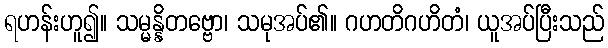
ရဟန်းဟူ၍။ သမ္မန္နိတဗ္ဗော၊ သမုအပ်၏။ ဂဟတိဂဟိတံ၊ ယူအပ်ပြီးသည်